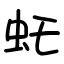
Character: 虴